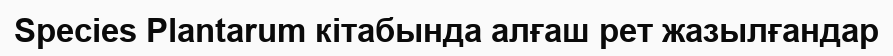
Species Plantarum кітабында алғаш рет жазылғандар